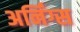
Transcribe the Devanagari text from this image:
अर्निंग्स